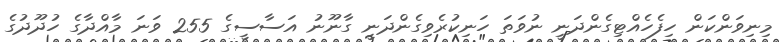
މިނިވަންކަން ހިފެހެއްޓިގެންދަނީ ނުވަތަ ހަނިކުރެވިގެންދަނީ ގާނޫނު އަސާސީގެ 255 ވަނަ މާއްދާގެ ހުދޫދުގެ